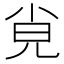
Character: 𡭪